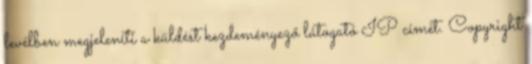
levélben megjeleníti a küldést kezdeményező látogató IP címét. Copyright